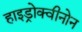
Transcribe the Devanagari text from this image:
हाइड्रोक्वीनोन